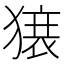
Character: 𬍀